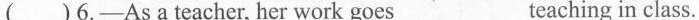
()6.-As a teacher, her work goes _teaching in class.